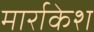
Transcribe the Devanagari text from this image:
मार्राकेश